Civil Veterinary Dept. Assam report 1927-50 - 1927-1950
Year: 1927
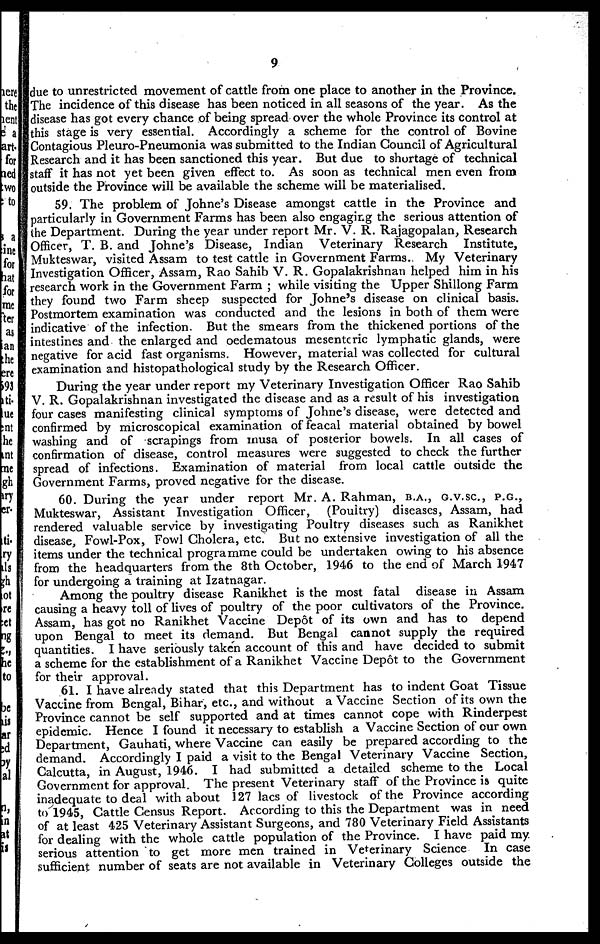
9
due to unrestricted movement of cattle from one place to another in the Province.
The incidence of this disease has been noticed in all seasons of the year. As the
disease has got every chance of being spread over the whole Province its control at
this stage is very essential. Accordingly a scheme for the control of Bovine
Contagious Pleuro-Pneumonia was submitted to the Indian Council of Agricultural
Research and it has been sanctioned this year. But due to shortage of technical
staff it has not yet been given effect to. As soon as technical men even from
outside the Province will be available the scheme will be materialised.
59. The problem of Johne's Disease amongst cattle in the Province and
particularly in Government Farms has been also engaging the serious attention of
the Department. During the year under report Mr. V. R. Rajagopalan, Research
Officer, T. B. and Johne's Disease, Indian Veterinary Research Institute,
Mukteswar, visited Assam to test cattle in Government Farms. My Veterinary
Investigation Officer, Assam, Rao Sahib V. R. Gopalakrishnan helped him in his
research work in the Government Farm; while visiting the. Upper Shillong Farm
they found two Farm sheep suspected for Johne's disease on clinical basis.
Postmortem examination was conducted and the lesions in both of them were
indicative of the infection. But the smears from the thickened portions of the
intestines and the enlarged and oedematous mesenteric lymphatic glands, were
negative for acid fast organisms. However, material was collected for cultural
examination and histopathological study by the Research Officer.
During the year under report my Veterinary Investigation Officer Rao Sahib
V. R. Gopalakrishnan investigated the disease and as a result of his investigation
four cases manifesting clinical symptoms of Johne's disease, were detected and
confirmed by microscopical examination of feacal material obtained by bowel
washing and of scrapings from musa of posterior bowels. In all cases of
confirmation of disease, control measures were suggested to check the further
spread of infections. Examination of material from local cattle outside the
Government Farms, proved negative for the disease.
60. During the year under report Mr. A. Rahman, B.A., G.V.Sc, P.G.,
Mukteswar, Assistant Investigation Officer,
(Poultry) diseases, Assam, had
rendered valuable service by investigating Poultry diseases such as Ranikhet
disease, Fowl-Pox, Fowl Cholera, etc. But no extensive investigation of all the
items under the technical programme could be undertaken owing to his absence
from the headquarters from the 8th October, 1946 to the end of March 1947
for undergoing a training at Izatnagar.
Among the poultry disease Ranikhet is the most fatal disease in Assam
causing a heavy toll of lives of poultry of the poor cultivators of the Province.
Assam, has got no Ranikhet Vaccine Depot of its own and has to depend
upon Bengal to meet its demand. But Bengal cannot supply the required
quantities. I have seriously taken account of this and have decided to submit
a scheme for the establishment of a Ranikhet Vaccine Depot to the Government
for their approval.
61. I have already stated that this Department has to indent Goat Tissue
Vaccine from Bengal, Bihar, etc., and without a Vaccine Section of its own the
Province cannot be self supported and at times cannot cope with Rinderpest
epidemic. Hence I found it necessary to establish a Vaccine Section of cur own
Department, Gauhati, where Vaccine can easily be prepared according to the
demand. Accordingly I paid a visit to the Bengal Veterinary Vaccine Section,
Calcutta, in August, 1946. I had submitted a detailed scheme to the Local
Government for approval. The present Veterinary staff of the Province is quite
inadequate to deal with about 127 lacs of livestock of the Province according
to 1945, Cattle Census Report. According to this the Department was in need
of at least 425 Veterinary Assistant Surgeons, and 780 Veterinary Field Assistants
for dealing with the whole cattle population of the Province. I have paid my.
serious attention to get more men trained in Veterinary Science In case
sufficient number of seats are not available in Veterinary Colleges outside the